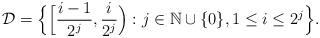
LaTeX: \begin{align*} \mathcal{D} = \Big\{\Big[{\frac{i - 1}{2^j}}, {\frac{i}{2^j}}\Big): j \in \mathbb{N}\cup \{0\}, 1\le i \le 2^j\Big\}.\end{align*}